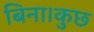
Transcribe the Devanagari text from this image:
बिना।कुछ